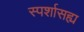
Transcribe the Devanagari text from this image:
स्पर्शासह्य